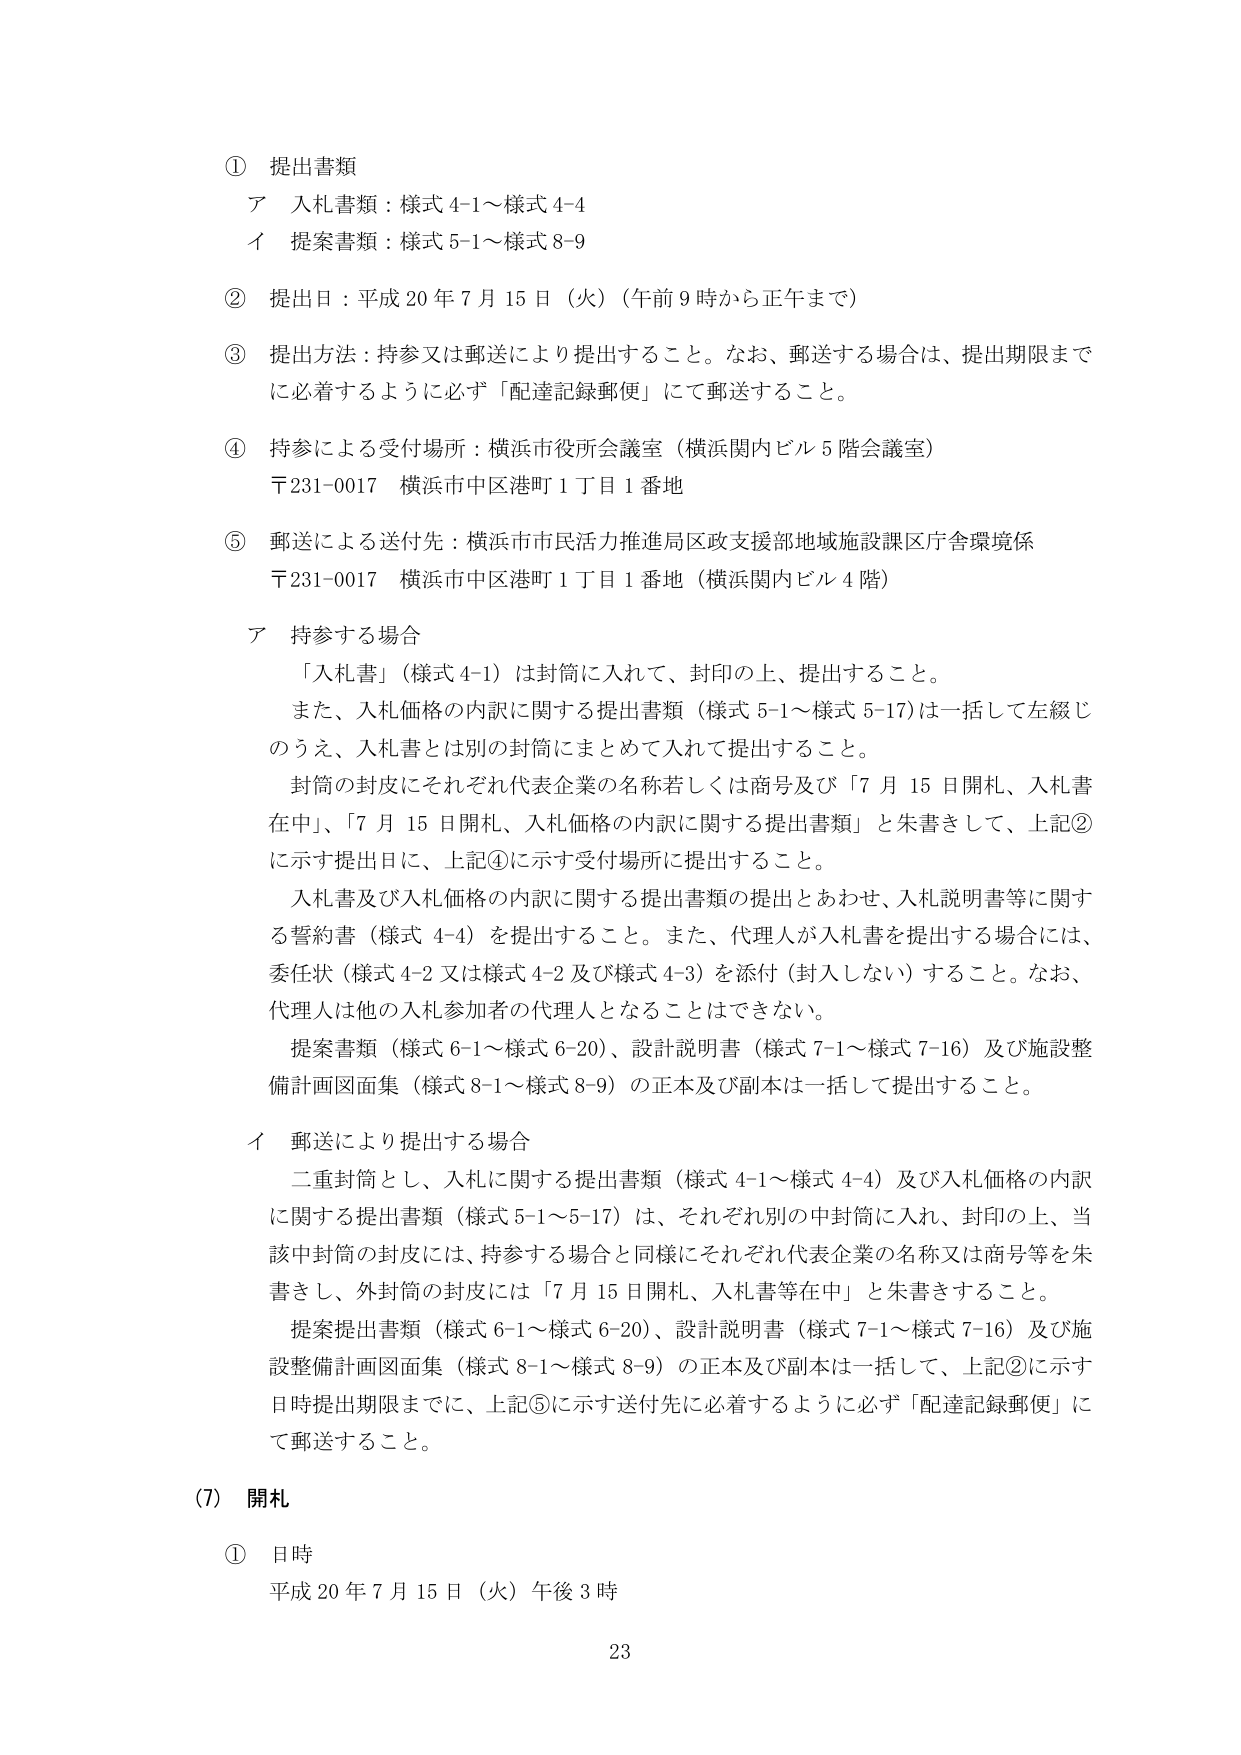
① 提出書類
ア 入札書類：様式 4-1～様式 4-4
イ 提案書類：様式 5-1～様式 8-9

② 提出日：平成 20 年 7 月 15 日（火）（午前 9 時から正午まで）

③ 提出方法：持参又は郵送により提出すること。なお、郵送する場合は、提出期限までに必着するように必ず「配達記録郵便」にて郵送すること。

④ 持参による受付場所：横浜市役所会議室（横浜関内ビル 5 階会議室）
〒231-0017 横浜市中区港町 1 丁目 1 番地

⑤ 郵送による送付先：横浜市市民活力推進局区政支援部地域施設課区庁舎環境係
〒231-0017 横浜市中区港町 1 丁目 1 番地（横浜関内ビル 4 階）

ア 持参する場合
「入札書」（様式 4-1）は封筒に入れて、封印の上、提出すること。
また、入札価格の内訳に関する提出書類（様式 5-1～様式 5-17）は一括して左綴じのうえ、入札書とは別の封筒にまとめて入れて提出すること。
封筒の封皮にそれぞれ代表企業の名称若しくは商号及び「7 月 15 日開札、入札書在中」、「7 月 15 日開札、入札価格の内訳に関する提出書類」と朱書きをして、上記②に示す提出日に、上記④に示す受付場所に提出すること。
入札書及び入札価格の内訳に関する提出書類の提出とあわせ、入札説明書等に関する誓約書（様式 4-4）を提出すること。また、代理人が入札書を提出する場合には、委任状（様式 4-2 又は様式 4-2 及び様式 4-3）を添付（封入しない）すること。なお、代理人は他の入札参加者の代理人となることはできない。
提案書類（様式 6-1～様式 6-20）、設計説明書（様式 7-1～様式 7-16）及び施設整備計画図面集（様式 8-1～様式 8-9）の正本及び副本は一括して提出すること。

イ 郵送により提出する場合
二重封筒とし、入札に関する提出書類（様式 4-1～様式 4-4）及び入札価格の内訳に関する提出書類（様式 5-1～5-17）は、それぞれ別の中封筒に入れ、封印の上、当該中封筒の封皮には、持参する場合と同様にそれぞれ代表企業の名称又は商号等を朱書きし、外封筒の封皮には「7 月 15 日開札、入札書等在中」と朱書きすること。
提案提出書類（様式 6-1～様式 6-20）、設計説明書（様式 7-1～様式 7-16）及び施設整備計画図面集（様式 8-1～様式 8-9）の正本及び副本は一括して、上記②に示す日時提出期限までに、上記⑤に示す送付先に必着するように必ず「配達記録郵便」にて郵送すること。

(7) 開札
① 日時
平成 20 年 7 月 15 日（火）午後 3 時

23